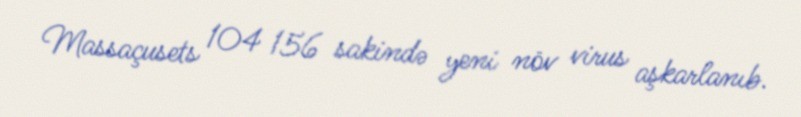
Massaçusets 104 156 sakində yeni növ virus aşkarlanıb.